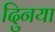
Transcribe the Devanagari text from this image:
दुिनया